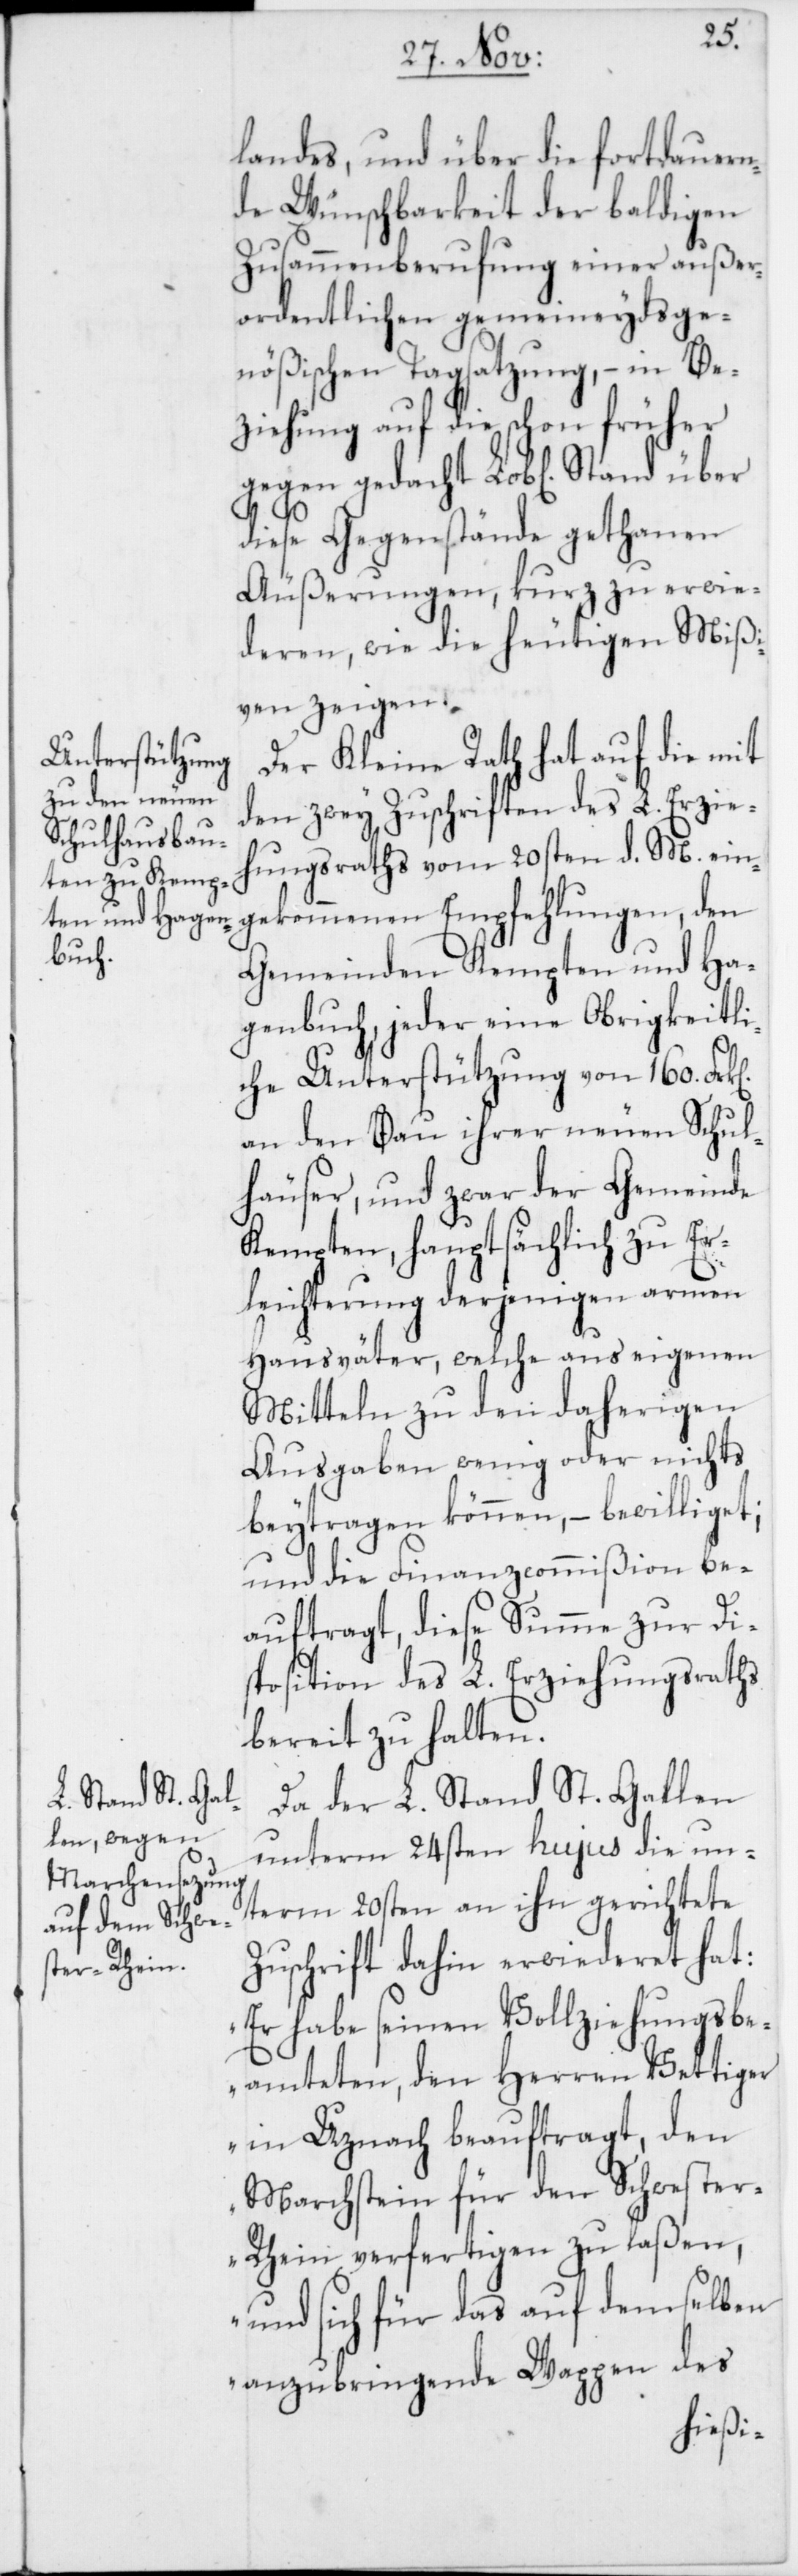
landes, und über die fortdauern¬
de Wünschbarkeit der baldigen
Zusammenberufung einer außer¬
ordentlichen gemeineydsge¬
nößischen Tagsatzung, – in Be¬
ziehung auf die schon früher
diese Gegenstände gethanen
Äußerungen, kurz zu erwie¬
deren, wie die heutigen Mißi¬
ven zeigen.
Der Kleine Rath hat auf die mit
den zwey Zuschriften des L. Erzie¬
hungsraths vom 20sten d. M. ein¬
gekommenen Empfehlungen, den
Gemeinden Kempten und Ha¬
genbuch, jeder eine Obrigkeitli¬
che Unterstützung von 160. Frk.
an den Bau ihrer neuen Schul¬
häuser, und zwar der Gemeinde
Kempten, hauptsächlich zu Er¬
leichterung derjenigen armen
Hausväter, welche aus eigenen
Mitteln zu den daherigen
Ausgaben wenig oder nichts
beytragen können, – bewilliget;
und die Finanzcommißion be¬
auftragt, diese Summe zur Di¬
sposition des L. Erziehungsraths
bereit zu halten.
Da der L. Stand St. Gallen
unterm 24sten hujus die un¬
term 20sten an ihn gerichtete
Zuschrift dahin erwiederet hat:
„Er habe seinen Vollziehungsbe¬
amteten, den Herren Vettiger
in Uznach beauftragt, den
Marchstein für den Schweste¬
r-Rhein verfertigen zu laßen,
und sich für das auf demselben
anzubringende Wappen des